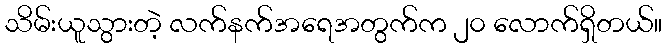
သိမ်းယူသွားတဲ့ လက်နက်အရေအတွက်က ၂၀ လောက်ရှိတယ်။